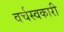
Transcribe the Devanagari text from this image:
वर्चस्वकारी